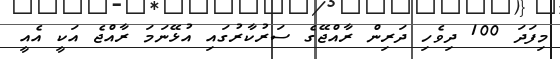
މިފަދަ 100 ދިވެހި ދަރިން ރާއްޖޭގެ ސަރުކާރުގައި އުޅޭނަމަ ރާއްޖެ އަކީ އެއީ